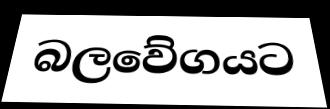
බලවේගයට